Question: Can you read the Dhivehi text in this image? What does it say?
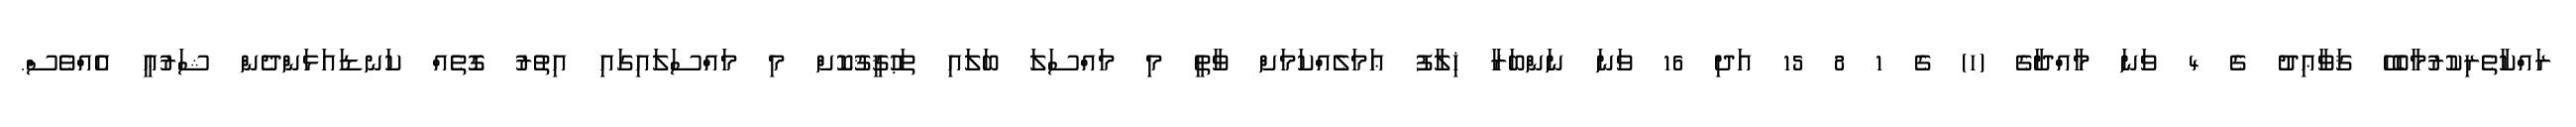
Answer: ރައްކާތެރިކުރުމާބެހޭ ޤަވާޢިދު ގެ 4 ވަނަ މާއްދާގެ (ހ) ގެ 1 8 15 އަދި 16 ވަނަ ނަންބަރާ ޚިލާފު ޢަމަލެއްކަމަށް ވާތީ މި މައްސަލަ ބަލައި ތަޙުޤީޤުކޮށް މި މައްސަލައިގައި އިތުރު ގޮތެއް ކަނޑައަޅަންދެން ޝަރުޢީ އެއްވެސް.